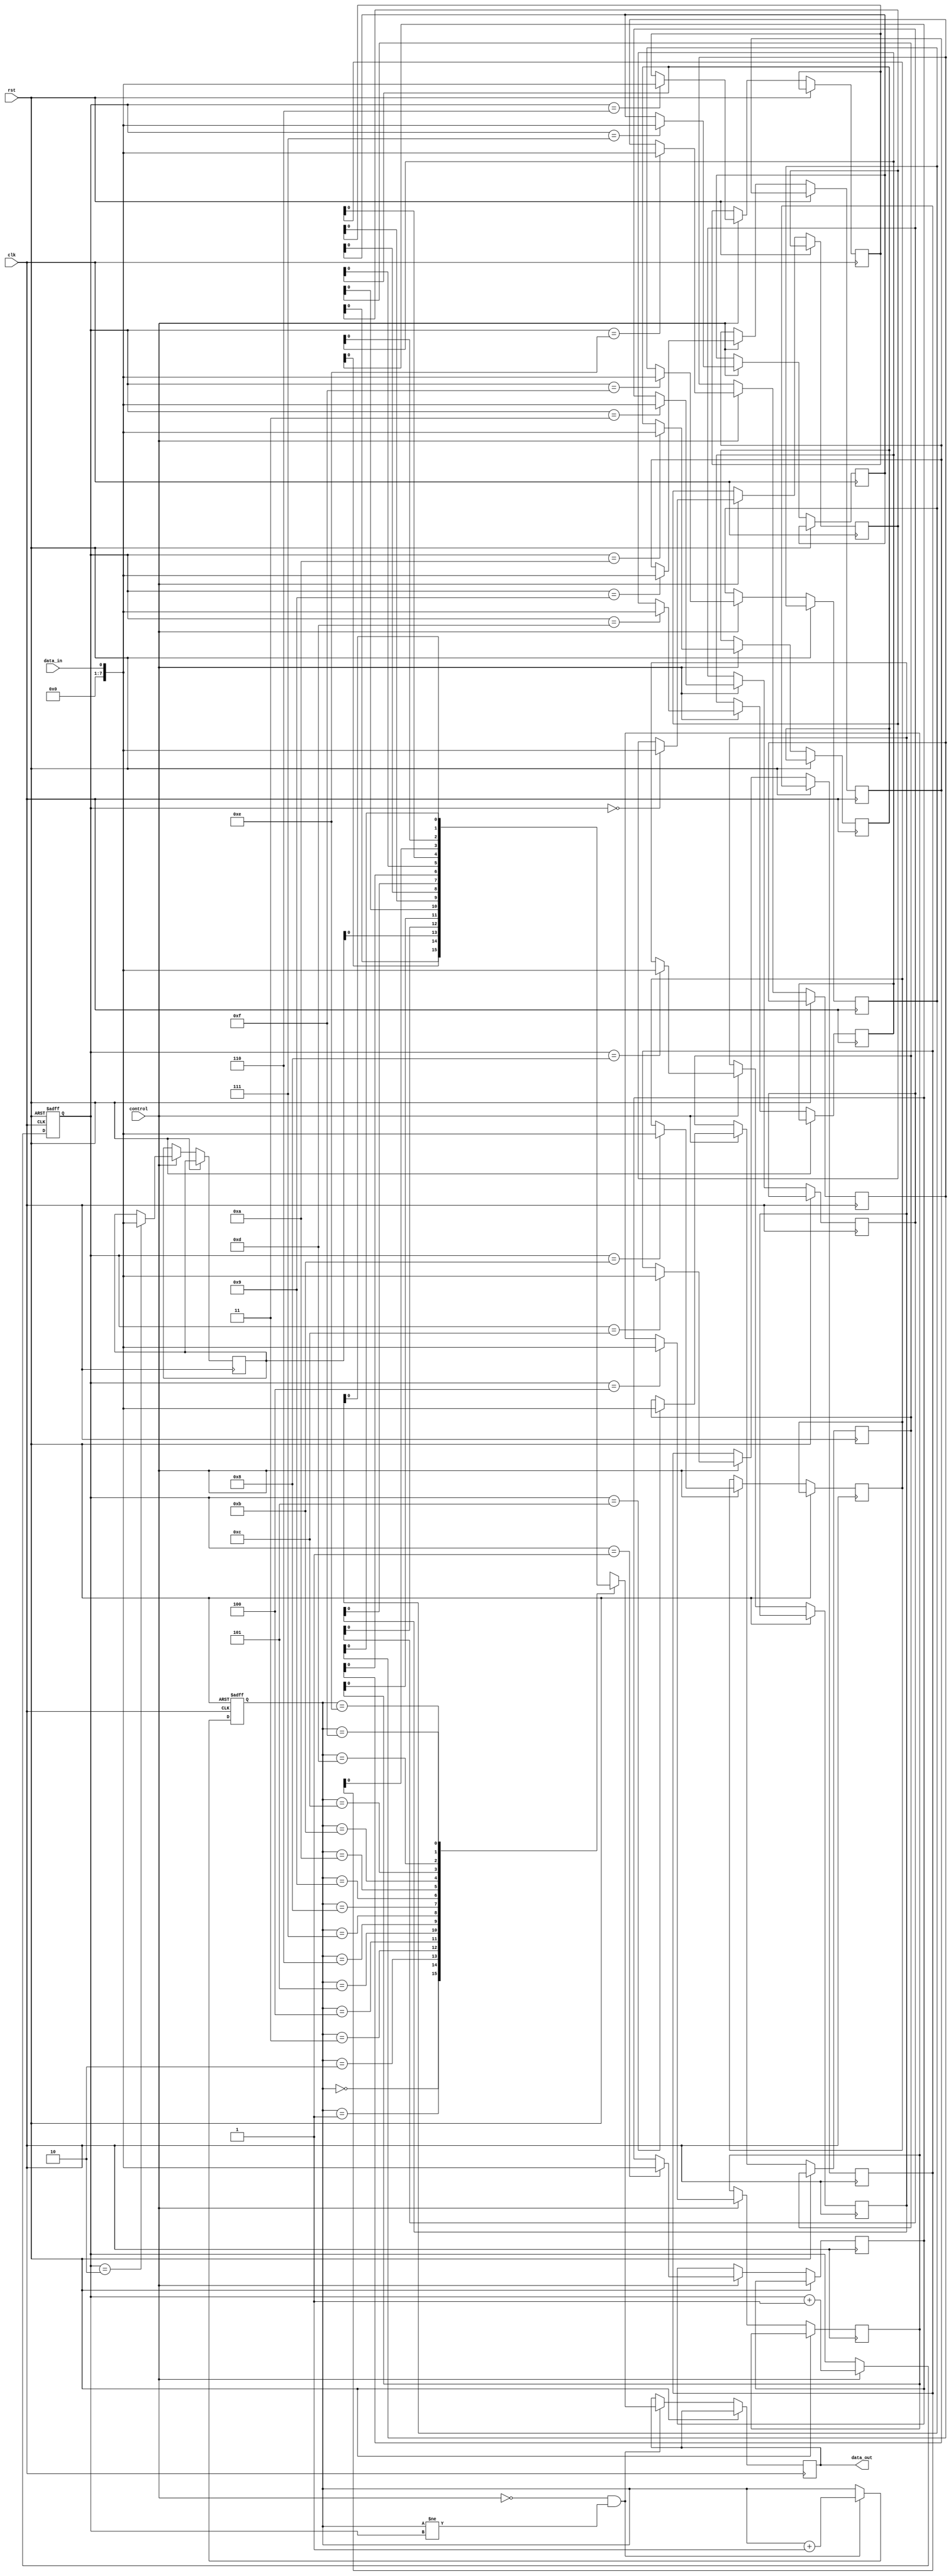
module fifo_buffer (
    input data_in,
    input control,
    output reg data_out,
    input clk,
    input rst
);

reg [7:0] buffer [0:15];
reg [3:0] read_ptr, write_ptr;

always @(posedge clk or posedge rst) begin
    if (rst) begin
        read_ptr <= 0;
        write_ptr <= 0;
    end else begin
        if (control) begin
            buffer[write_ptr] <= data_in;
            write_ptr <= write_ptr + 1;
        end
        if (!control && read_ptr != write_ptr) begin
            data_out <= buffer[read_ptr];
            read_ptr <= read_ptr + 1;
        end
    end
end

endmodule